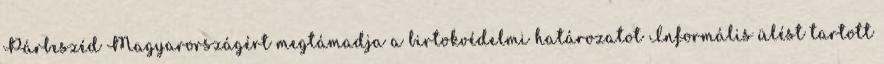
Párbeszéd Magyarországért megtámadja a birtokvédelmi határozatot Informális ülést tartott